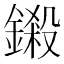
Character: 鎩